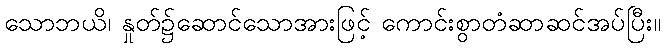
သောဘယိ၊ နှုတ်၌ဆောင်သောအားဖြင့် ကောင်းစွာတံဆာဆင်အပ်ပြီး။